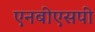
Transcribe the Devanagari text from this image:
एनबीएसपी